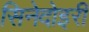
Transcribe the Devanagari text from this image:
सिनेदोइरी